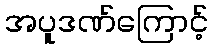
အပူဒဏ်ကြောင့်